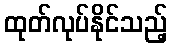
ထုတ်လုပ်နိုင်သည့်